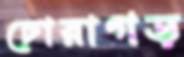
চোরাগড়